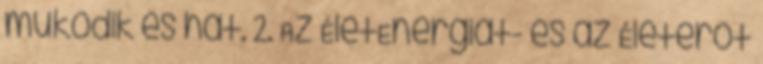
működik és hat. 2. Az ÉletEnergiát- és az Életerőt